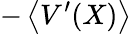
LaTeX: -\left\langle V^{\prime}(X)\right\rangle